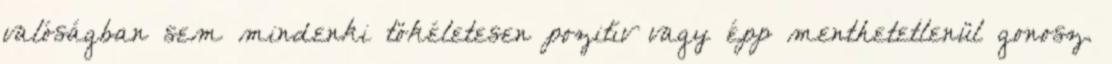
valóságban sem mindenki tökéletesen pozitív vagy épp menthetetlenül gonosz.